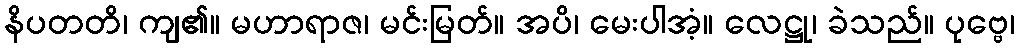
နိပတတိ၊ ကျ၏။ မဟာရာဇ၊ မင်းမြတ်။ အပိ၊ မေးပါအံ့။ လေဋ္ဌု၊ ခဲသည်။ ပုဗ္ဗေ၊